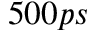
5 0 0 p s